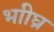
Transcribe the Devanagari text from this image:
भाीघ्र